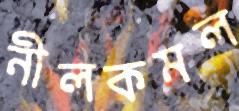
নীলকমল